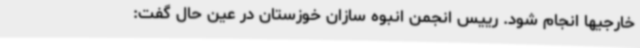
خارجیها انجام شود. رییس انجمن انبوه سازان خوزستان در عین حال گفت: